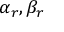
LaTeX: \alpha _ { r } , \beta _ { r }